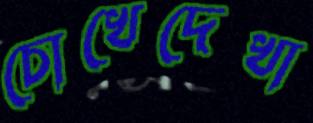
চোখেদেখা